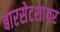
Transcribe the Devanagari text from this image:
बारसेटशायर